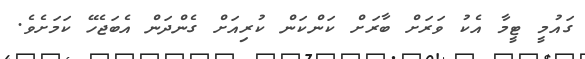
ގައުމީ ޓީމާ އެކު ވަރަށް ބާރަށް ކަންކަން ކުރިއަށް ގެންދަން އެބަޖެހޭ ކަމަށެވެ.